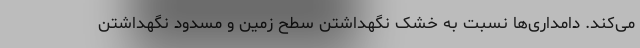
می‌کند. دامداری‌ها نسبت به خشک نگهداشتن سطح زمین و مسدود نگهداشتن